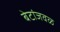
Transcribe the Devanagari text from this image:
बेटांजवळ